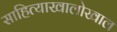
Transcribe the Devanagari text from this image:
साहित्याखालोखाल